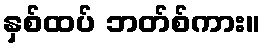
နှစ်ထပ် ဘတ်စ်ကား။